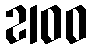
2100